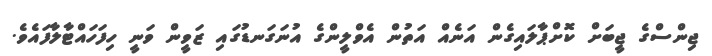
ޖިންސްގެ ޖީބަށް ކޮށްޕާލައިގެން އަނެއް އަތުން އެވްލީންގެ އުނަގަނޑުގައި ޒަވީން ވަނީ ހިފަހައްޓާލާފައެވެ.